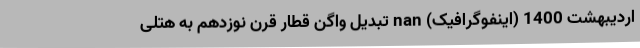
اردیبهشت 1400 (اینفوگرافیک) nan تبدیل واگن قطار قرن نوزدهم به هتلی